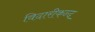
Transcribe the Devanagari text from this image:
विदारीकन्द